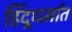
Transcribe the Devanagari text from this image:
हिंदूधर्मात